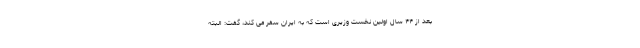
بعد از ۴۴ سال اولین نخست وزیری است که به ایران سفر می کند، گفت: البته